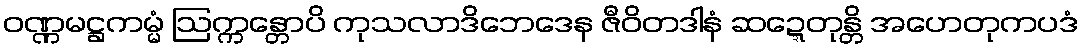
ဝဏ္ဏမဋ္ဌကမ္မံ ဩက္ကန္တောပိ ကုသလာဒိဘေဒေန ဇီဝိတဒါနံ ဆဍ္ဍေတုန္တိ အဟေတုကပဒံ